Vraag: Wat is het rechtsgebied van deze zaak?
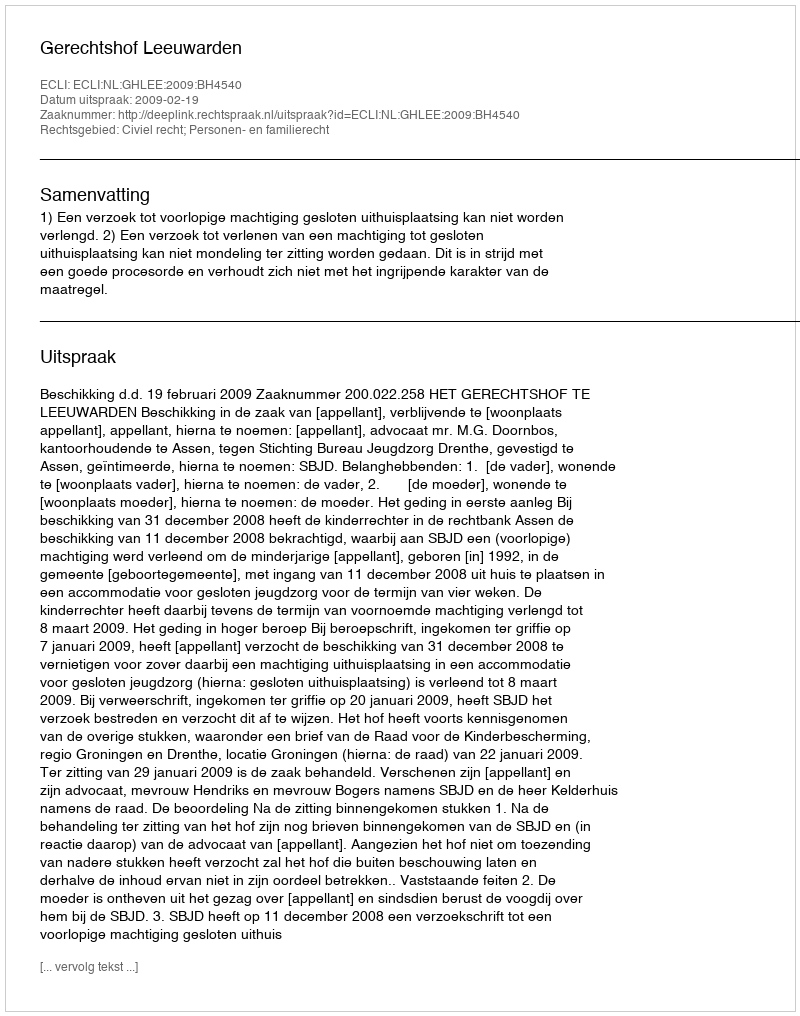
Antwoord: Civiel recht; Personen- en familierecht